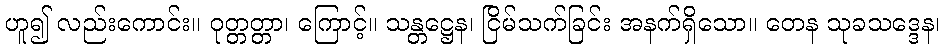
ဟူ၍ လည်းကောင်း။ ဝုတ္တတ္တာ၊ ကြောင့်။ သန္တဋ္ဌေန၊ ငြိမ်သက်ခြင်း အနက်ရှိသော။ တေန သုခသဒ္ဒေန၊